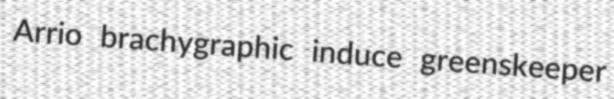
Arrio brachygraphic induce greenskeeper